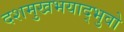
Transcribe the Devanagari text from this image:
दशमुखभयाद्भुवो